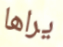
يراها